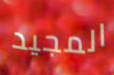
المجيد